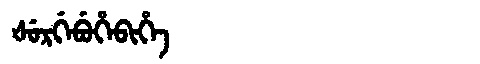
Manchu: ᡧᡠᡵᡤᡝᠪᡠᡥᡝᠪᡳᡥᡝ
Romanization: ŠURGEBUHEBIHE